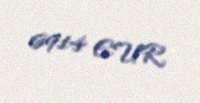
6914 EUR